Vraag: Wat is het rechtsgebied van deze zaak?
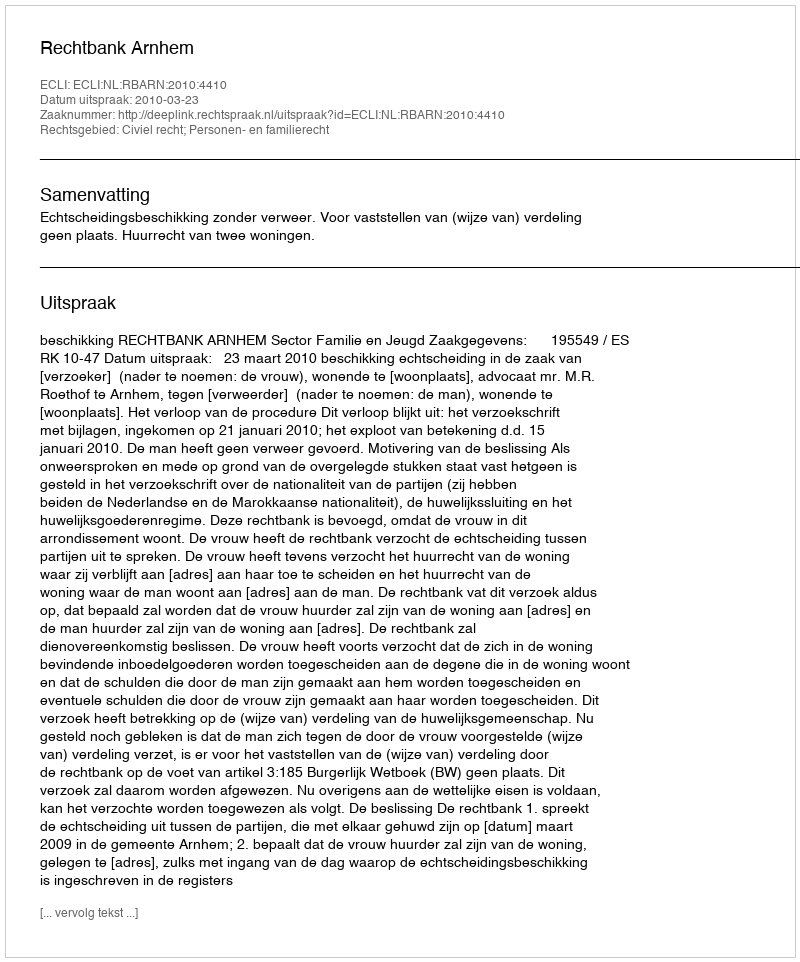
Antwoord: Civiel recht; Personen- en familierecht